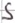
Text: S